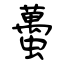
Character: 蠆